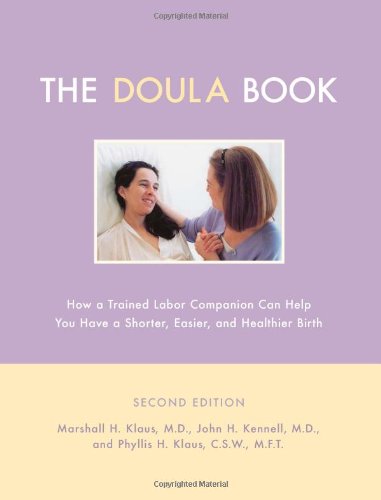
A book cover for The Doula Book: How A Trained Labor Companion Can Help You Have A Shorter, Easier, And Healthier Birth; Marshall H. Klaus; Sports & Outdoors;